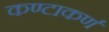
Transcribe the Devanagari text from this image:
कण्टाकर्ण